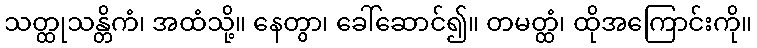
သတ္ထုသန္တိကံ၊ အထံသို့။ နေတွာ၊ ခေါ်ဆောင်၍။ တမတ္ထံ၊ ထိုအကြောင်းကို။